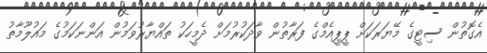
އެގޮތުން ސިޓީގެ މޭޔަރަކަށް ޕީޕީއެމްގެ ފަރާތުން ވާދަކުރުމަށް ދެމީހަކު ތައްޔާރުވަމުން އަންނަކަމުގެ މައުލޫމާތު